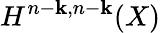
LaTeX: H^{n-\mathbf{k},n-\mathbf{k}}(X)